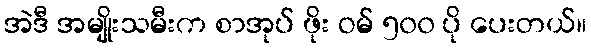
အဲဒီ အမျိုးသမီးက စာအုပ် ဖိုး ဝမ် ၅၀၀ ပို ပေးတယ်။